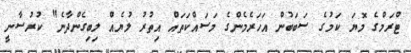
ޓްރަމްގެ މޮޔަ ކަމުގެ ސަބަބުން އަހަރެމެންގެ މަސައްކަތައް އިތުރު ލުޔެއް ލިބިގެންދާނެ" ކުރުސާނީ